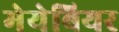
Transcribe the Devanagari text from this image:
मेयेबियर